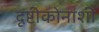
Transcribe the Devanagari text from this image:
दृष्टीकोनांशी